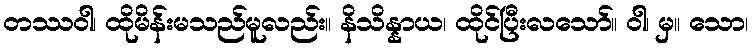
တဿဝါ၊ ထိုမိန်းမသည်မူလည်း။ နိသိန္နာယ၊ ထိုင်ပြီးလသော်။ ဝါ၊ မှ။ သော၊